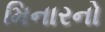
મિનારનો